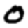
Digit: 0